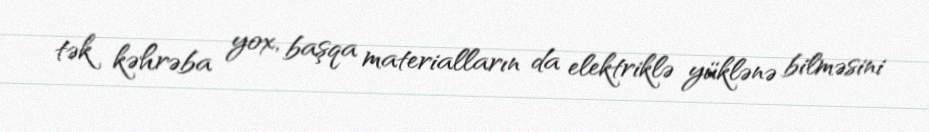
tək kəhrəba yox, başqa materialların da elektriklə yüklənə bilməsini